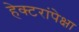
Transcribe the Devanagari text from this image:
हेक्टरांपेक्षा